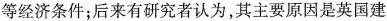
等经济条件;后来有研究者认为,其主要原因是英国建